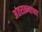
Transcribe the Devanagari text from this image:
अंतरात्म्याच्या